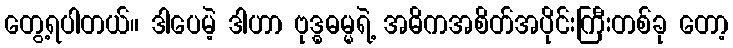
တွေ့ရပါတယ်။ ဒါပေမဲ့ ဒါဟာ ဗုဒ္ဓဓမ္မရဲ့ အဓိကအစိတ်အပိုင်းကြီးတစ်ခု တော့